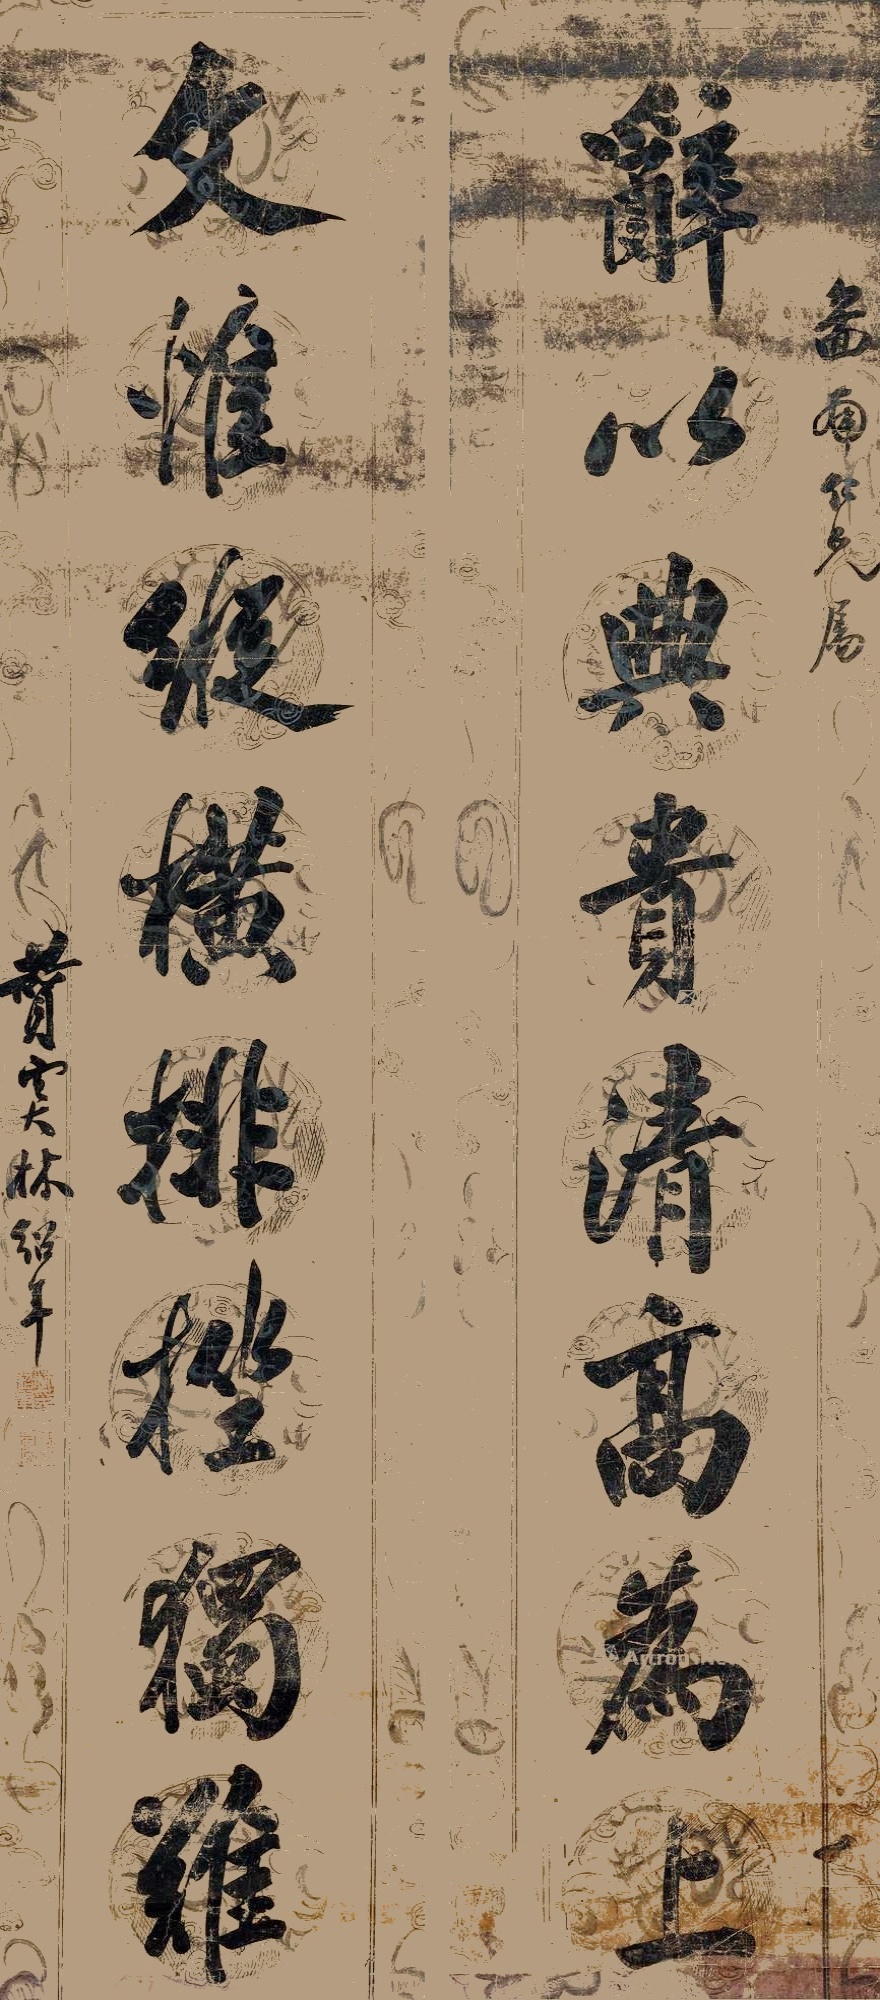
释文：辞以典贵清高为上，文惟纵横排挫独难。图南仁兄属，赞虞林绍年。